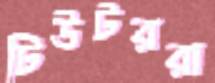
টিউটররা